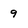
Character: 9